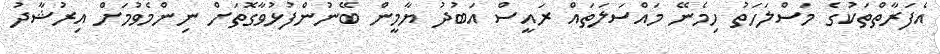
އެފަރާތްތަކުގެ މަސްލަހަތު ހިމެނޭ މައްސަލަތައް ރައީސް އަބުދު ޔާމީން ބޭނުންފުޅުވާގޮތަށް ނިންމެވުމަށް އިރުޝާދު